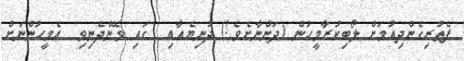
ފެތުރިގެންދިއުމަށް ލޯބިކުރާމީހުން (ދަންނާށެވެ!) ދުނިޔެއާއި  ގައި ވޭންދެނިވި  އެމީހުންނަށް